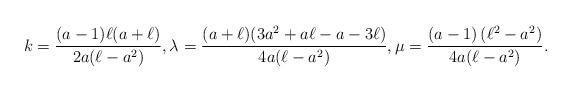
LaTeX: \begin{align*}k=\frac{(a-1) \ell (a+\ell)}{2 a(\ell-a^2)},\lambda=\frac{(a+\ell) (3 a^2+a\ell-a-3 \ell)}{4 a(\ell-a^2)},\mu=\frac{(a-1) \left(\ell^2-a^2\right)}{4 a(\ell-a^2)}.\end{align*}